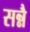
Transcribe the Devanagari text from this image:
सन्नै